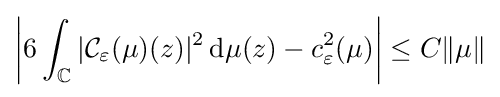
\left|6\int _{\mathbb {C} }|{\mathcal {C}}_{\varepsilon }(\mu )(z)|^{2}\,\mathrm {d} \mu (z)-c_{\varepsilon }^{2}(\mu )\right|\leq C\|\mu \|